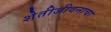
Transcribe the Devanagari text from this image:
शेतीजीवनाचा